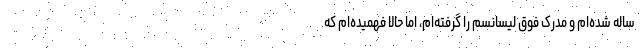
ساله شده‌ام و مدرک فوق لیسانسم را گرفته‌ام، اما حالا فهمیده‌ام که